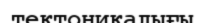
тектоникалығы